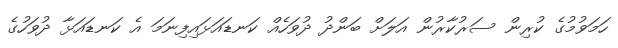
ހަމަވުމުގެ ކުރިން ސަރުކާރުން އަލަށް ބަންދު ދުވަހެއް ކަނޑައަޅައިފިނަމަ އެ ކަނޑައަޅާ ދުވަހުގެ